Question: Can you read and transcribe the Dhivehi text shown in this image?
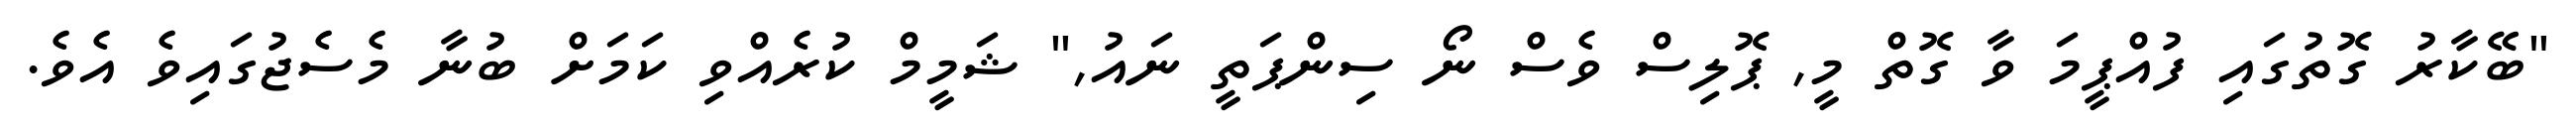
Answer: "ބޭކާރު ގޮތުގައި ފުއްޕީމަ ވާ ގޮތް މީ, ޕޮލިސް ވެސް ނޯ ސިންޕަތީ ނައު," ޝަމީމް ކުރެއްވި ކަމަށް ބުނާ މެސެޖުގައިވެ އެވެ.